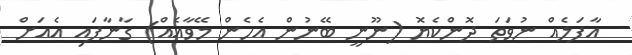
އާފަލެއް ނުވަތަ ދޮންކެޔޮ (ނޫނީ ބޭނުން އެހެން މޭވާއެއް) ގާނާފައި އެއަށް